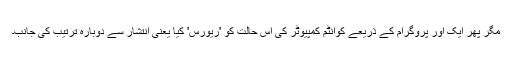
مگر پھر ایک اور پروگرام کے ذریعے کوانٹم کمپیوٹر کی اس حالت کو 'ریورس' کیا یعنی انتشار سے دوبارہ ترتیب کی جانب۔